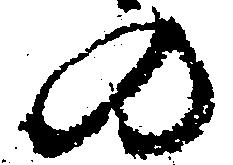
の